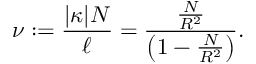
\nu : = \frac { | \kappa | N } { \ell } = \frac { \frac { N } { R ^ { 2 } } } { \left( 1 - \frac { N } { R ^ { 2 } } \right) } .